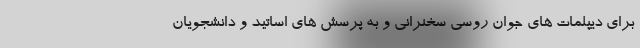
برای دیپلمات های جوان روسی سخنرانی و به پرسش های اساتید و دانشجویان